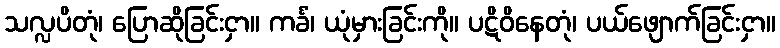
သလ္လပိတုံ၊ ပြောဆိုခြင်းငှာ။ ကင်္ခံ၊ ယုံမှားခြင်းကို။ ပဋိဝိနေတုံ၊ ပယ်ဖျောက်ခြင်းငှာ။